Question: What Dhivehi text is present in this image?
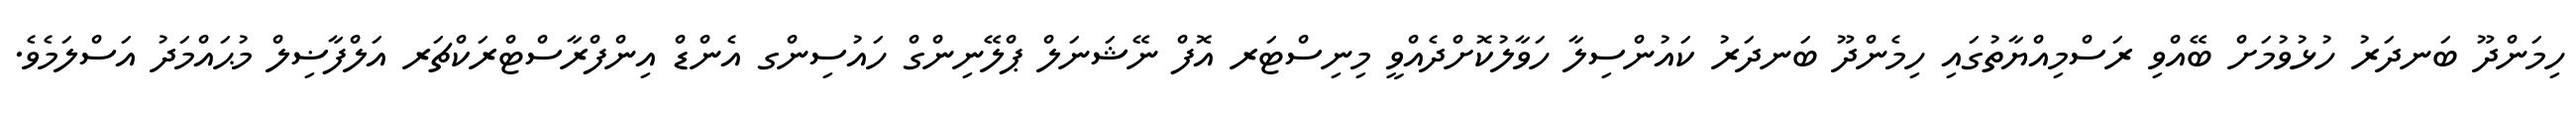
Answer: ހިމަންދޫ ބަނދަރު ހުޅުވުމަށް ބޭއްވި ރަސްމިއްޔާތުގައި ހިމެންދޫ ބަނދަރު ކައުންސިލާ ހަވާލުކޮށްދެއްވީ މިނިސްޓަރ އޮފް ނޭޝަނަލް ޕްލޭނިންގް ހައުސިންގ އެންޑް އިންފްރާސްޓްރަކްޗަރ އަލްފާޟިލް މުޙައްމަދު އަސްލަމެވެ.